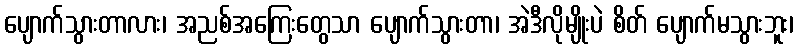
ပျောက်သွားတာလား၊ အညစ်အကြေးတွေသာ ပျောက်သွားတာ၊ အဲဒီလိုမျိုးပဲ စိတ် ပျောက်မသွားဘူး၊